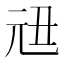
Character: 𠒉